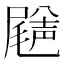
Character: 𡳦